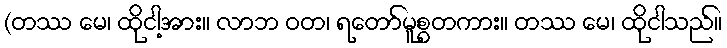
(တဿ မေ၊ ထိုငါ့အား။ လာဘ ဝတ၊ ရတော်မူစွတကား။ တဿ မေ၊ ထိုငါသည်။